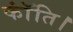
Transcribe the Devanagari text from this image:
कॉंति।